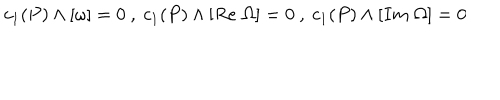
c _ { 1 } ( P ) \wedge [ \omega ] = 0 ~ , ~ c _ { 1 } ( P ) \wedge [ R e \; \Omega ] = 0 ~ , ~ c _ { 1 } ( P ) \wedge [ I m \; \Omega ] = 0